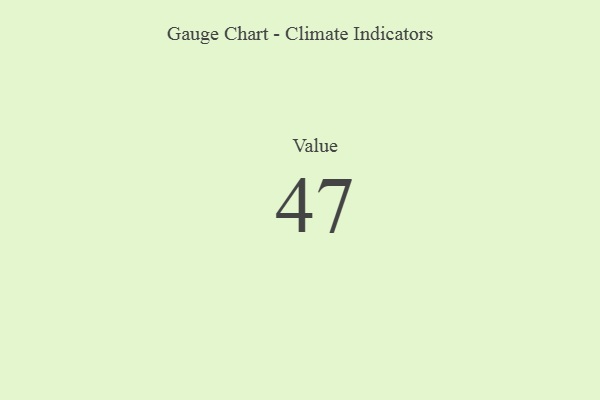
{"axis": {"x": "Metric", "y": "Value"}, "legend": [""], "data": [{"x": "Value", "y": 47, "type": ""}]}